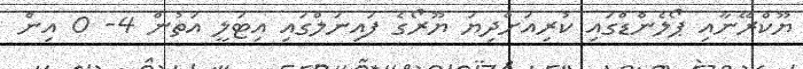
ޔޫކްރޭނާއި ޕޯލެންޑްގައި ކުރިއަށްދިޔަ ޔޫރޯގެ ފައިނަލްގައި އިޓަލީ އަތުން 4- 0 އިން